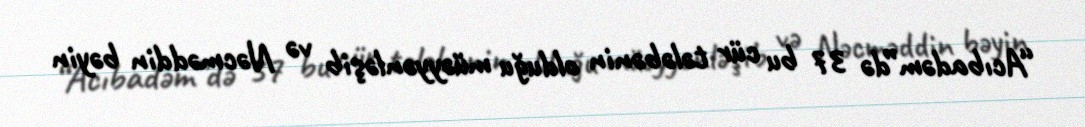
“Acıbadəm”də 37 bu cür tələbənin olduğu müəyyənləşib və Nəcməddin bəyin